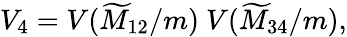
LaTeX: V_{4}=V(\widetilde M_{12}/m)~V(\widetilde M_{34}/m),